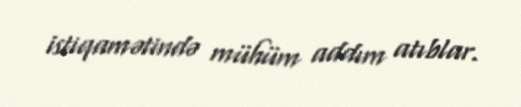
istiqamətində mühüm addım atıblar.